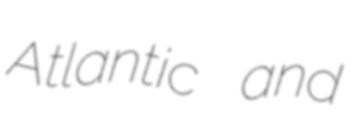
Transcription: Atlantic and